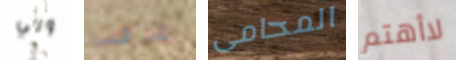
ولي عرفت المحامى لاأهتم